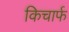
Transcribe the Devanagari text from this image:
किचार्फ